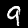
Label: 9